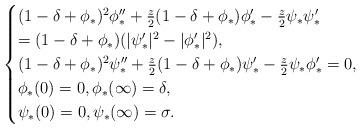
LaTeX: \begin{align*}\begin{cases} (1-\delta+\phi_*)^2 \phi''_*+\frac{z}{2}(1-\delta+\phi_*) \phi'_*-\frac{z}{2}\psi_* \psi'_*\\ =(1-\delta+\phi_*)(|\psi_*'|^2-|\phi_*'|^2),\\ (1-\delta+\phi_*)^2 \psi_*''+\frac{z}{2}(1-\delta+\phi_*) \psi_*'-\frac{z}{2}\psi_* \phi'_*=0,\\ \phi_*(0)=0,\phi_*(\infty)=\delta,\\ \psi_*(0)=0,\psi_*(\infty)=\sigma.\end{cases}\end{align*}